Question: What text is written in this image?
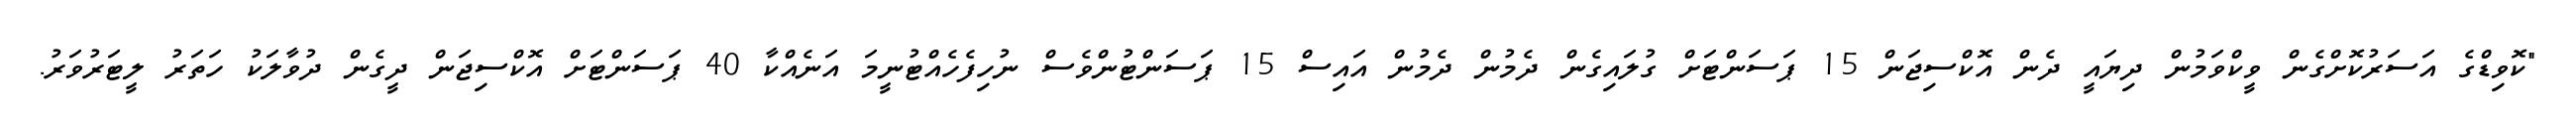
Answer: "ކޮވިޑްގެ އަސަރުކޮށްގެން ވީކްވަމުން ދިޔައީ ދެން އޮކްސިޖަން 15 ޕަސަންޓަށް ގުލައިގެން ދެމުން ދެމުން އައިސް 15 ޕަސަންޓުންވެސް ނުހިފެހެއްޓުނީމަ އަނެއްކާ 40 ޕަސަންޓަށް އޮކްސިޖަން ދީގެން ދުވާލަކު ހަތަރު ލީޓަރުވަރު.